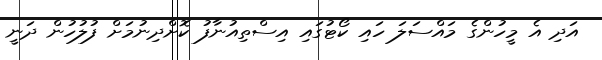
އަދި އެ މީހުންގެ މައްސަލަ ހައި ކޯޓުގައި އިސްތިއުނާފު ކޮށްދިނުމަށް ފުލުހުން ދަނީ